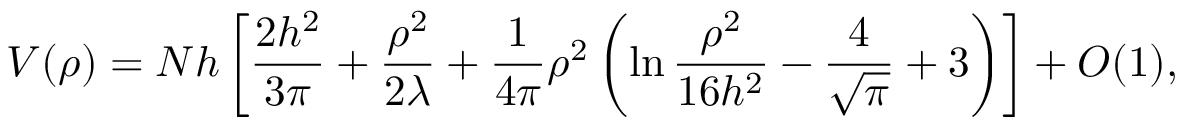
V ( \rho ) = N h \left[ \frac { 2 h ^ { 2 } } { 3 \pi } + { \frac { \rho ^ { 2 } } { 2 \lambda } } + { \frac { 1 } { 4 \pi } } \rho ^ { 2 } \left( \ln { \frac { \rho ^ { 2 } } { 1 6 h ^ { 2 } } } - { \frac { 4 } { \sqrt { \pi } } } + 3 \right) \right] + O ( 1 ) ,